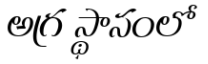
అగ్ర స్థానంలో